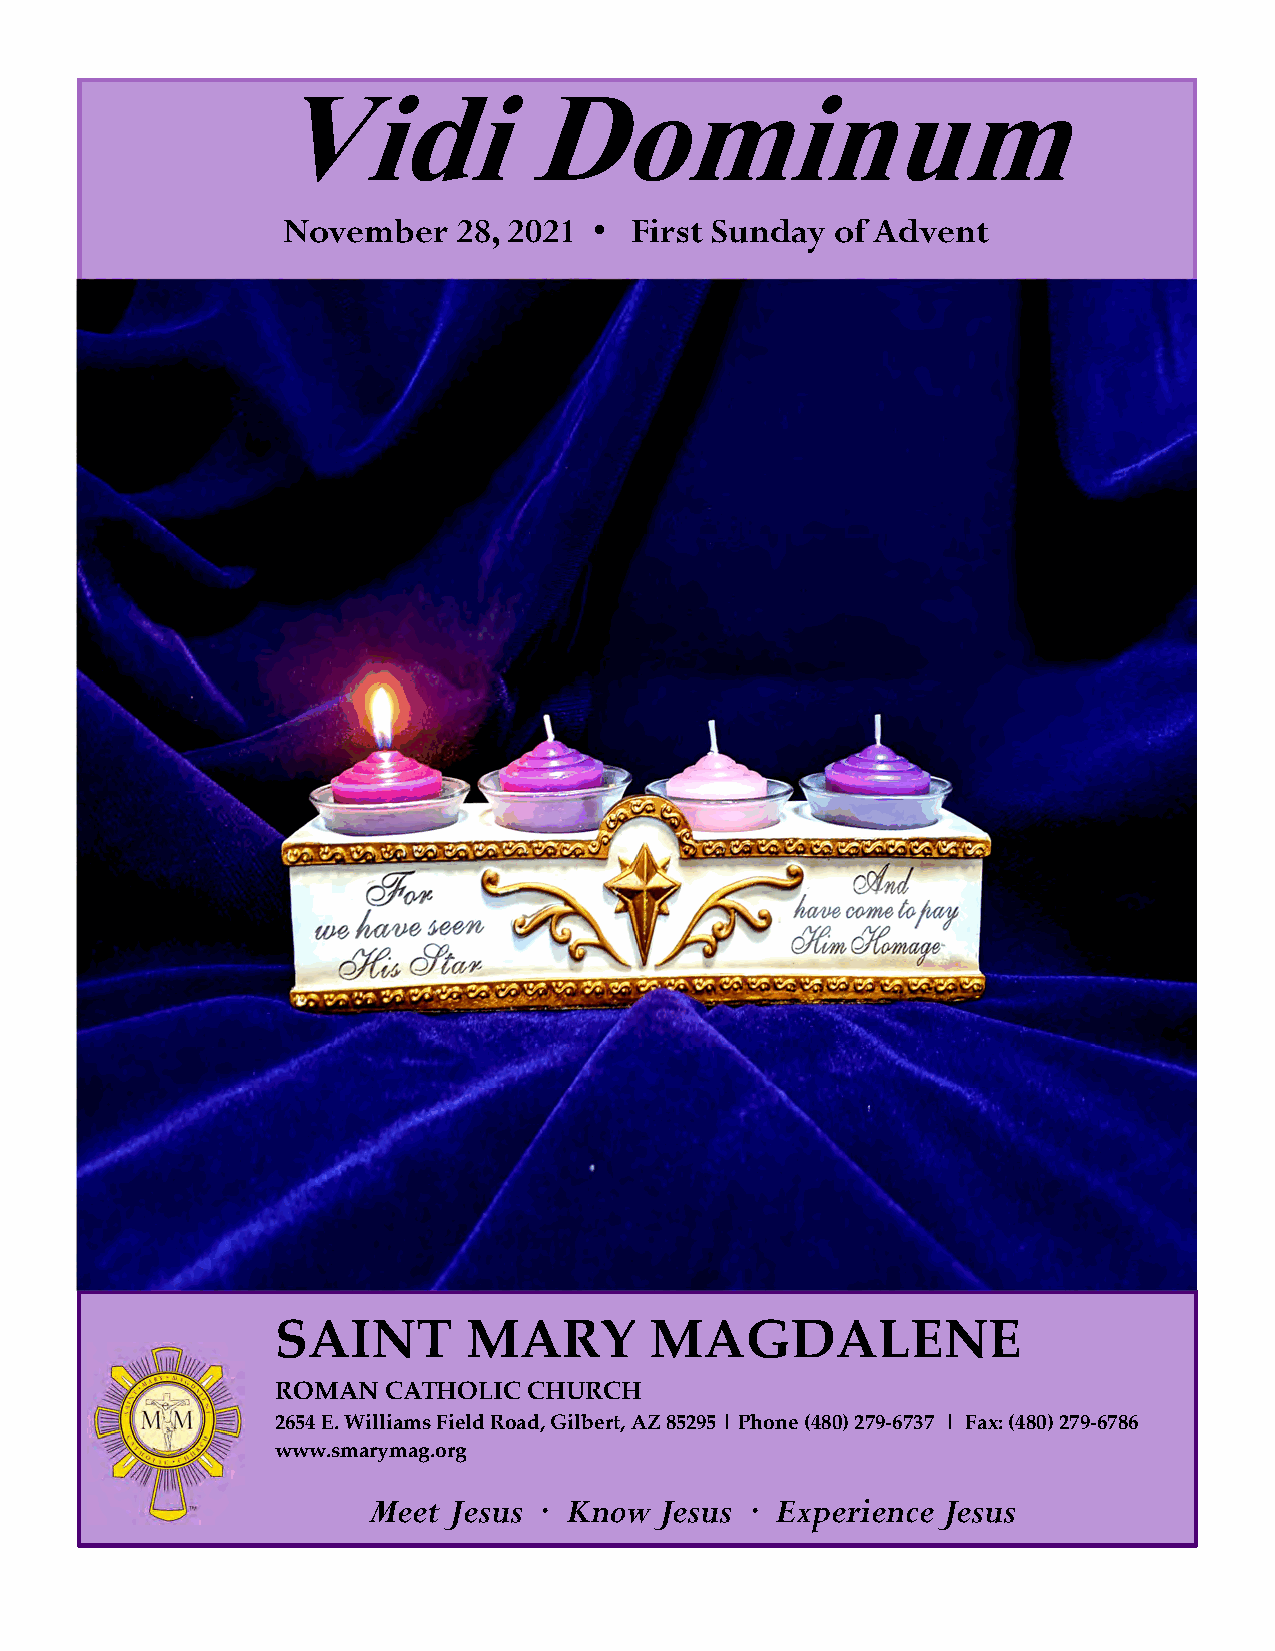
Vidi             Dominum
 November   28, 2021 •  First Sunday of Advent
 SAINT        MARY        MAGDALENE
 ROMAN  CATHOLIC  CHURCH
 2654 E. Williams Field Road, Gilbert, AZ 85295 | Phone (480) 279-6737 | Fax: (480) 279-6786
 www.smarymag.org
 Meet  Jesus · Know  Jesus · Experience Jesus